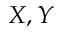
X , Y